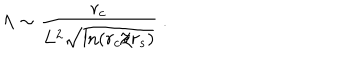
LaTeX: \Lambda \sim \frac { r _ { c } } { L ^ { 2 } \sqrt { \ln ( r _ { c } / r _ { s } ) } } \ .